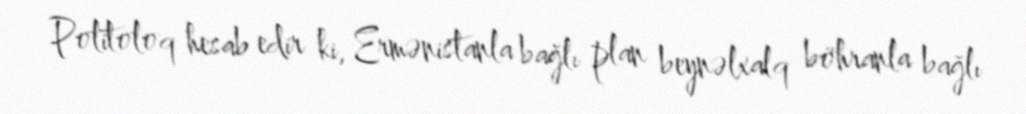
Politoloq hesab edir ki, Ermənistanla bağlı plan beynəlxalq böhranla bağlı